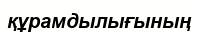
құрамдылығының